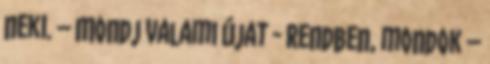
neki. – Mondj valami újat - Rendben, mondok –